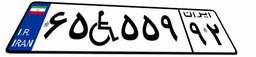
۰۵W۹۱۳۳۹